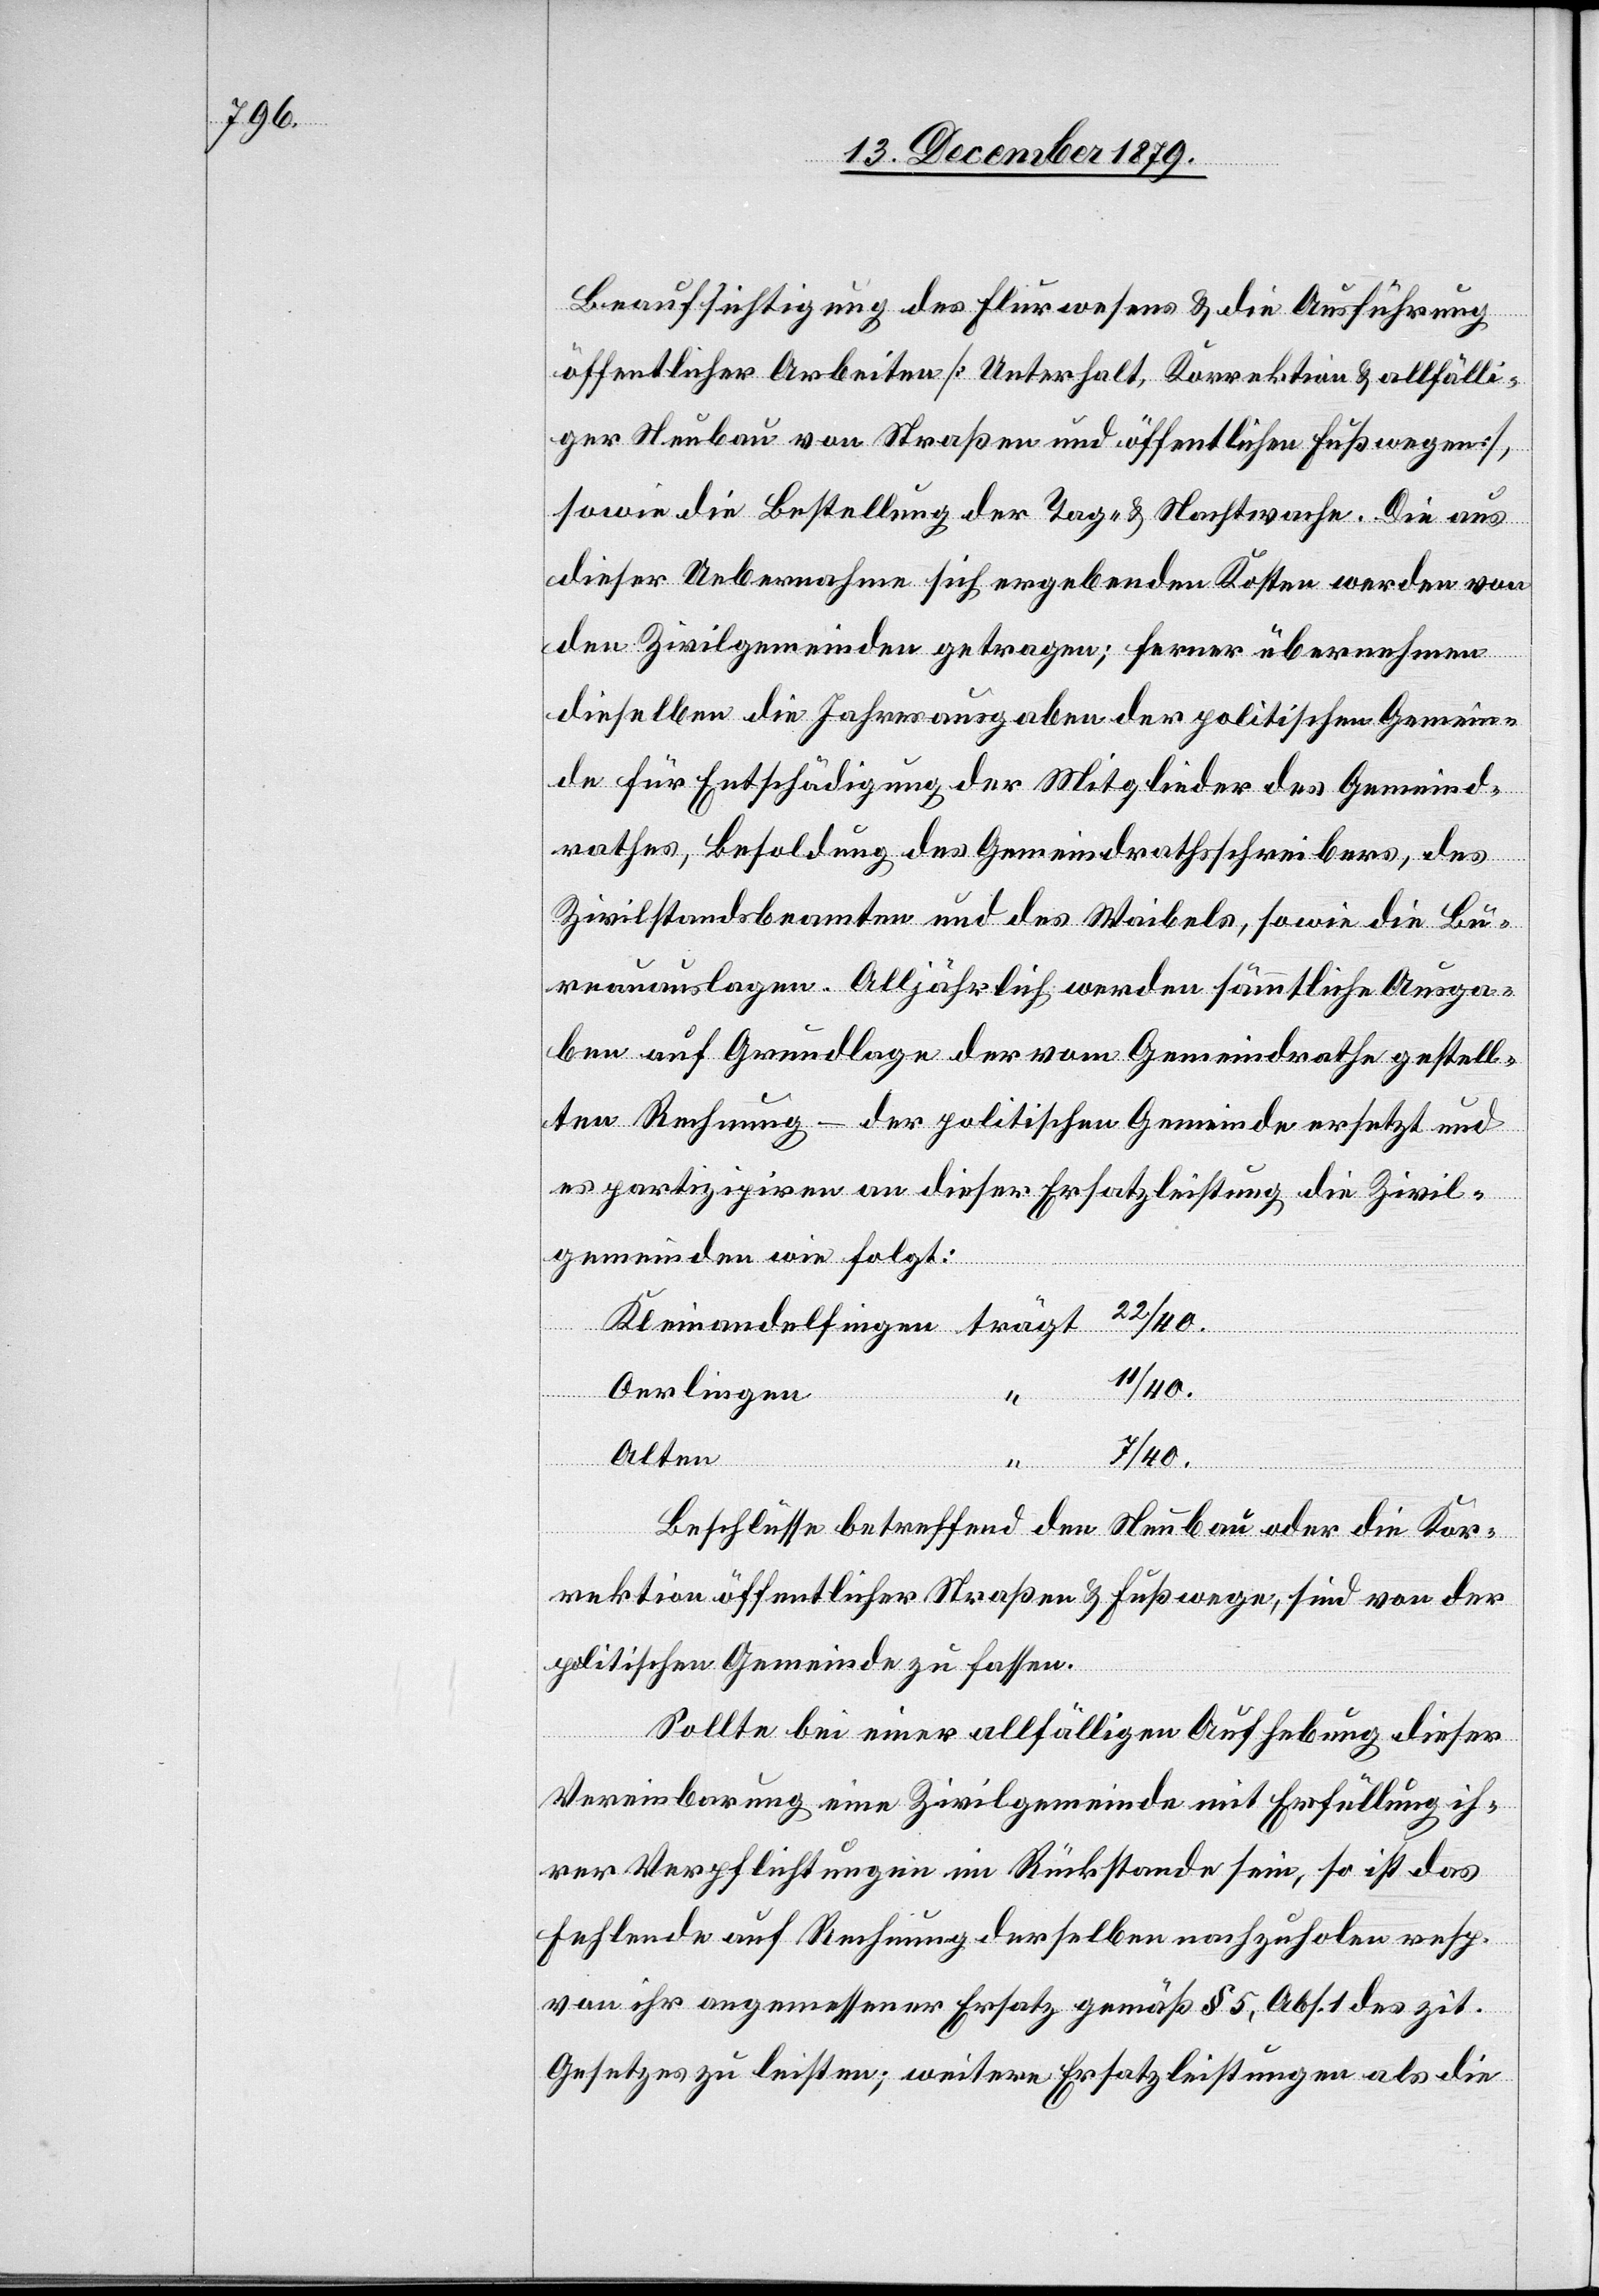
Beaufsichtigung des Flurwesens & die Ausführung
öffentlicher Arbeiten [Unterhalt, Korrektion & allfälli¬
ger Neubau von Straßen und öffentlichen Fußwegen],
sowie die Bestellung der Tag- & Nachtwache. Die aus
dieser Uebernahme sich ergebenden Kosten werden von
den Zivilgemeinden getragen; ferner übernehmen
dieselben die Jahresausgaben der politischen Gemein¬
de für Entschädigung der Mitglieder des Gemeind¬
rathes, Besoldungen des Gemeindrathsschreibers, des
Zivilstandsbeamten und des Weibels, sowie die Bu¬
reauauslagen. Alljährlich werden sämmtliche Ausga¬
ben auf Grundlage der vom Gemeindrathe gestell¬
ten Rechnung – der politischen Gemeinde ersetzt und
es partizipiren an dieser Ersatzleistung die Zivil¬
gemeinden wie folgt:
11/40.
Oerlingen
“
Alten
7/40.
Kleinandelfingen
Beschlüsse betreffend den Neubau oder die Kor¬
rektion öffentlicher Straßen & Fußwege, sind von der
politischen Gemeinde zu fassen.
Sollte bei einer allfälligen Aufhebung dieser
Vereinbarung eine Zivilgemeinde mit Erfüllung ih¬
rer Verpflichtungen im Rückstande sein, so ist das
Fehlende auf Rechnung derselben nachzuholen resp.
von ihr angemessener Ersatz gemäß § 5, Abs. 1 des zit.
Gesetzes zu leisten; weitere Ersatzleistungen als die